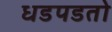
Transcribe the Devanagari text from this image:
धडपडतो